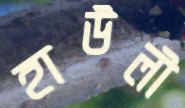
হাউলী